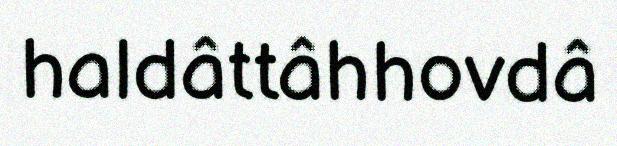
haldâttâhhovdâ